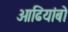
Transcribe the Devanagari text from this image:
ओढियांबो